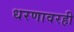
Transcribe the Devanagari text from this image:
धरणावरही